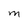
Character: M